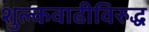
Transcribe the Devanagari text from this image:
शुल्कवाढीविरुद्ध